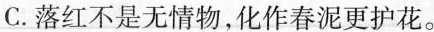
C.落红不是无情物，化作春泥更护花。